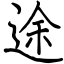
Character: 途